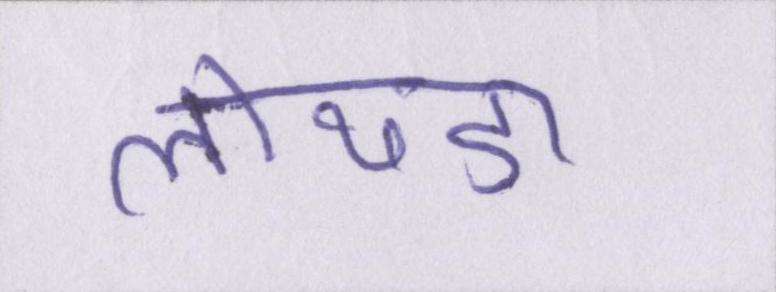
लोथडा